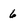
Character: 6